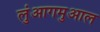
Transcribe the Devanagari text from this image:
लुंआगमुआल